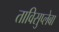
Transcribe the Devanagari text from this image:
ताविसुप्लेबा